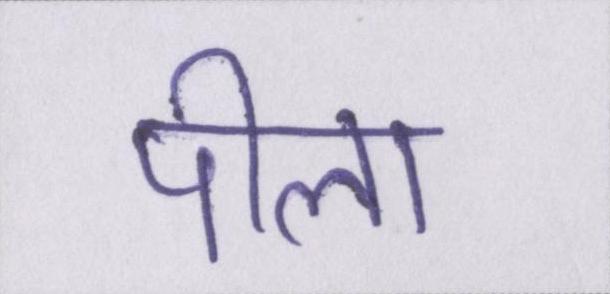
पीला